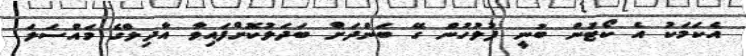
އެކަމަކު އެ ކޯޓުން ބުނީ ފުލުހުން ގޭ ބަންދަށް ބަދަލުކޮށްފައިވާ އާދިލްގެ މައްސަލަ